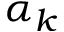
\alpha _ { k }